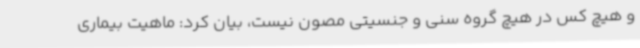
و هیچ کس در هیچ گروه سنی و جنسیتی مصون نیست، بیان کرد: ماهیت بیماری